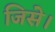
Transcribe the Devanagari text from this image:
जिसे।